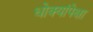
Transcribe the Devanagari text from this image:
धोक्यांपेक्षा